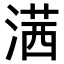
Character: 𣺋